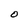
Character: O